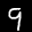
Label: 9